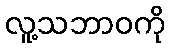
လူ့သဘာဝကို